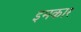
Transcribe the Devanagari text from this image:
इमकार